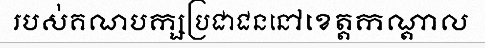
របស់គណបក្សប្រជាជននៅខេត្តកណ្តាល